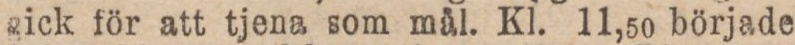
gick för att tjena som mål. Kl. 11,50 började